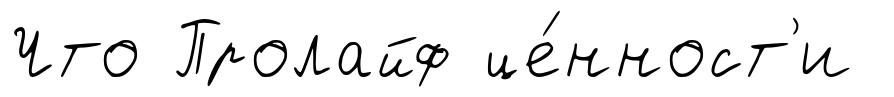
Что Пролайф це́нност'и